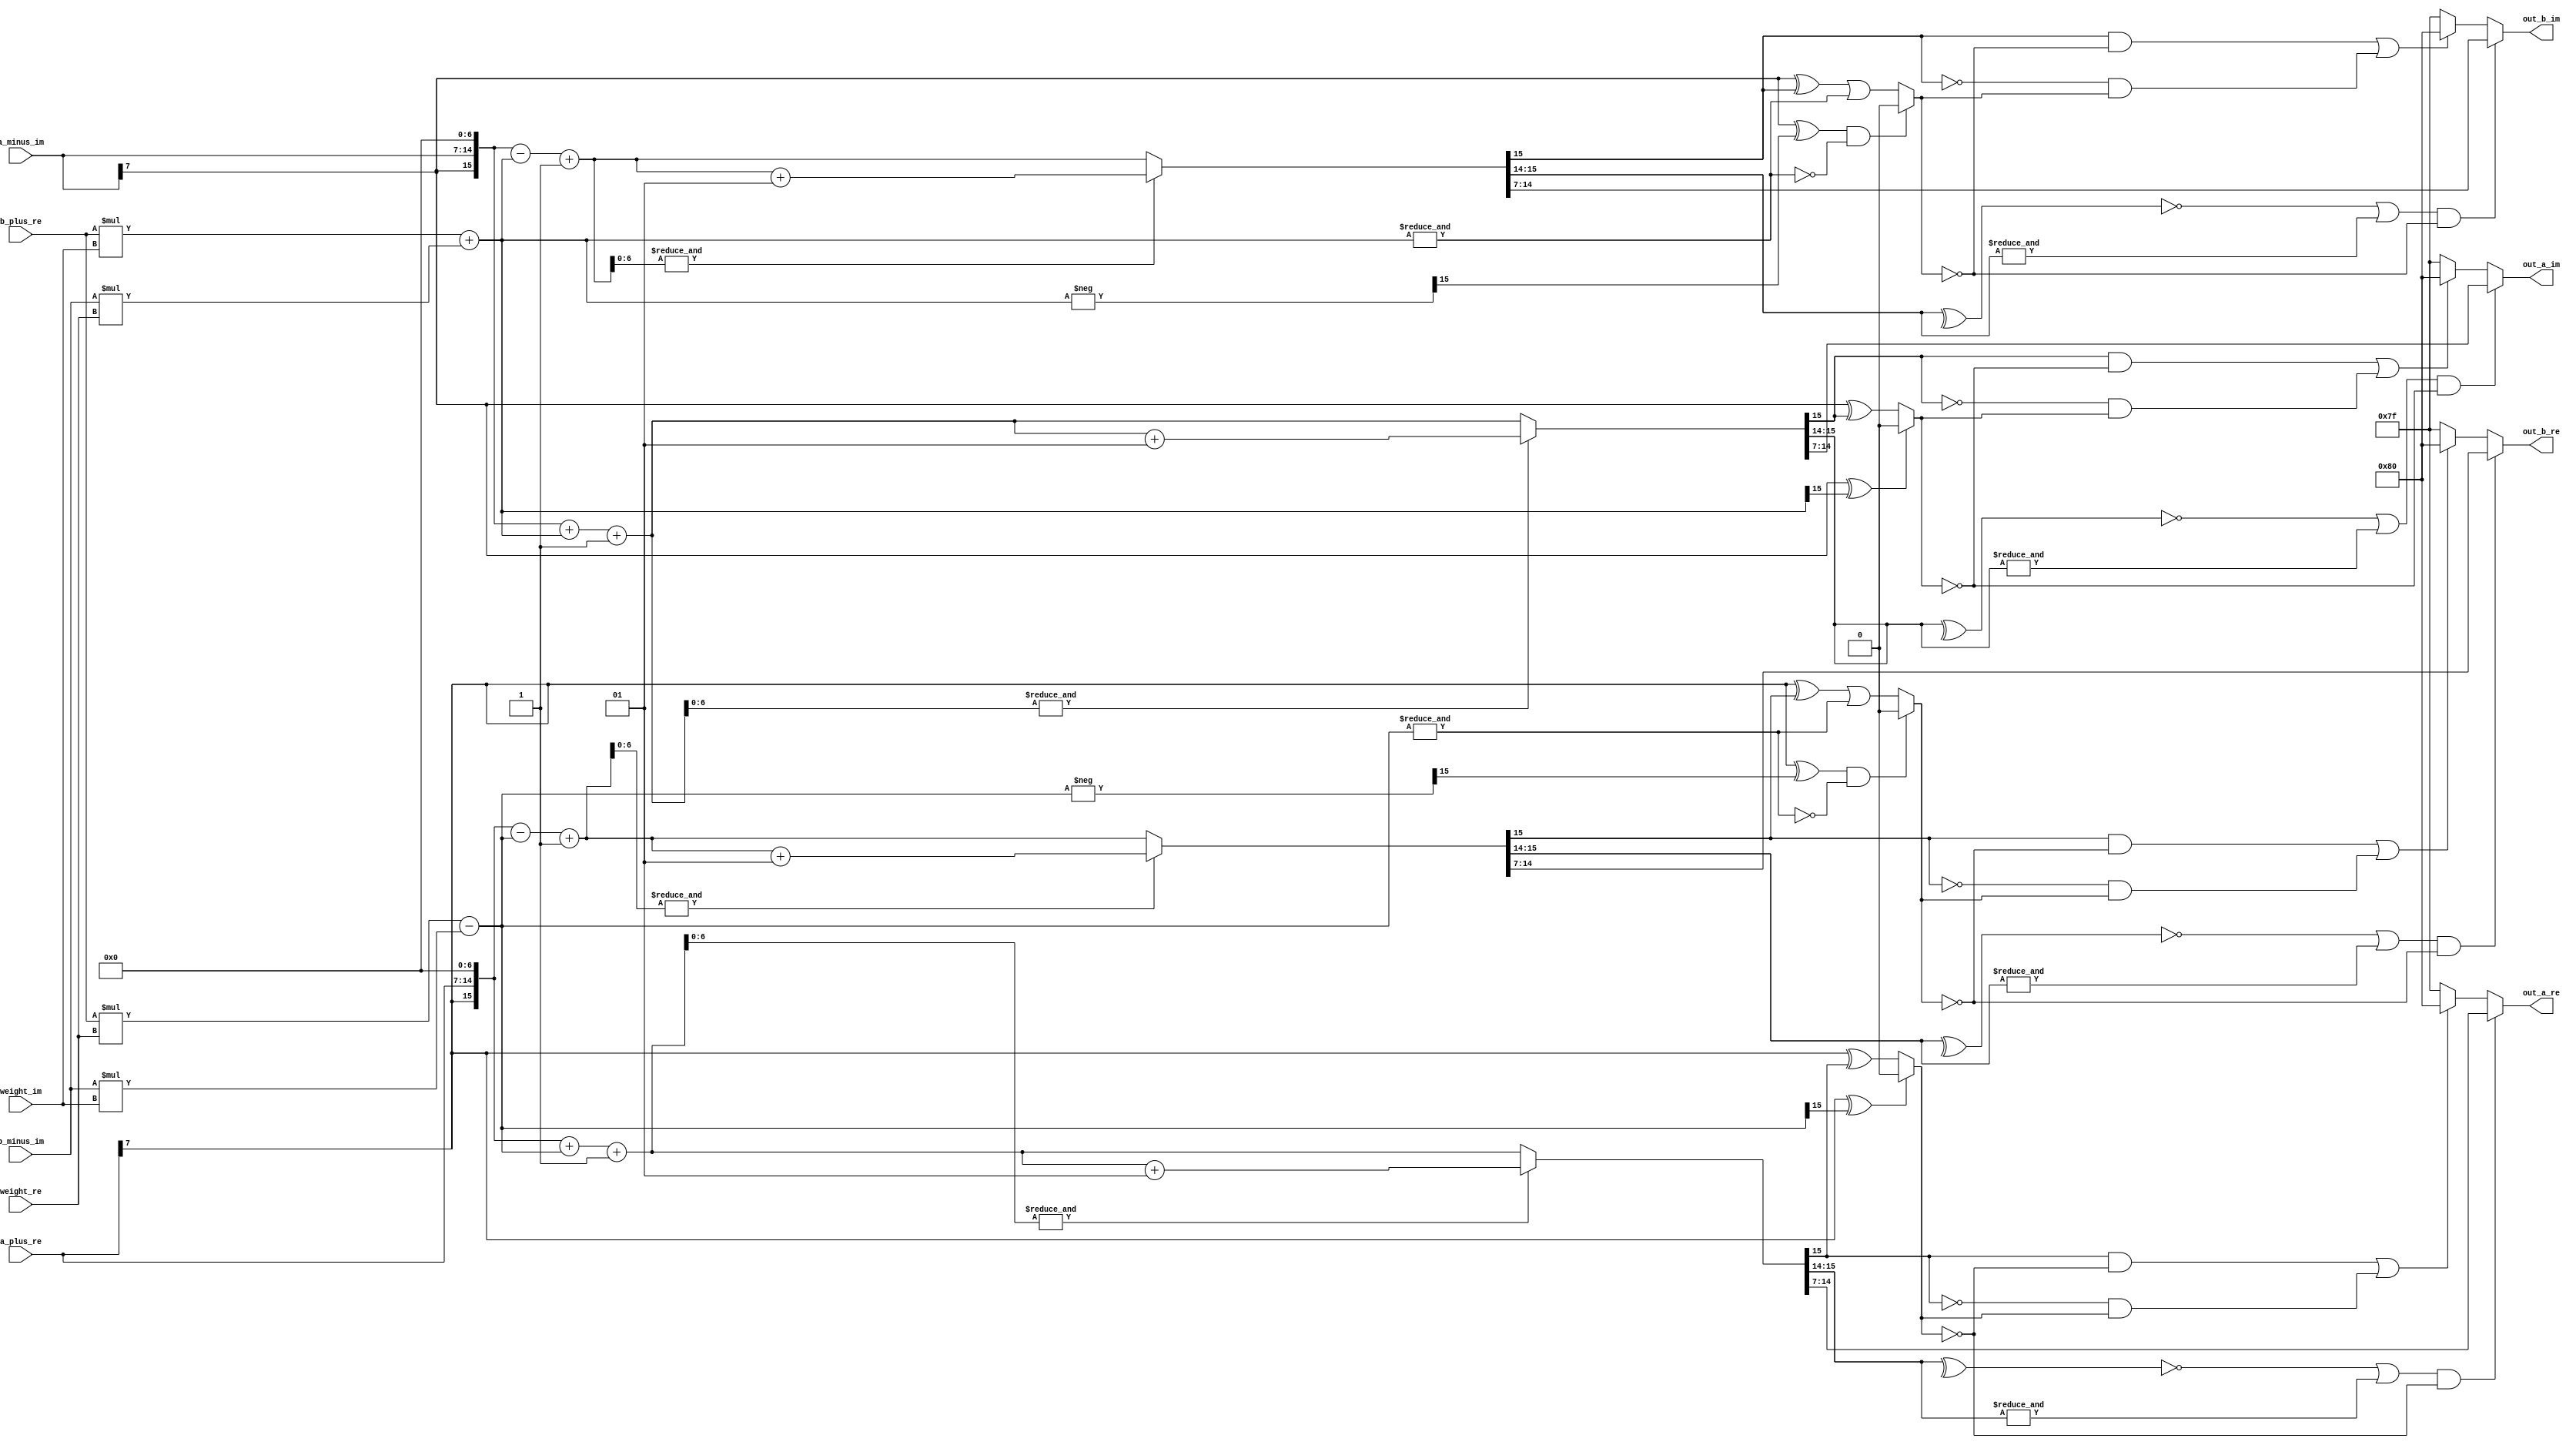
module butterfly #(parameter BIT_WIDTH = 8)
					  (input [BIT_WIDTH-1:0] a_plus_re,
                       input [BIT_WIDTH-1:0] b_plus_re,
                       input [BIT_WIDTH-1:0] a_minus_im,
                       input [BIT_WIDTH-1:0] b_minus_im,
                       input [BIT_WIDTH-1:0] weight_re,
                       input [BIT_WIDTH-1:0] weight_im,
                       
                       output [BIT_WIDTH-1:0] out_a_re,
                       output [BIT_WIDTH-1:0] out_a_im,
                       output [BIT_WIDTH-1:0] out_b_re,
                       output [BIT_WIDTH-1:0] out_b_im
                      );

    wire signed [4*BIT_WIDTH+1:0] weight_mul;
    wire signed [2*BIT_WIDTH-1:0] weight_mul_re, weight_mul_im;
    

// Function for signed multiplications
function reg [4*BIT_WIDTH+1:0] cprod (input reg signed [BIT_WIDTH-1:0] a_re,
                                     input reg signed [BIT_WIDTH-1:0] b_re,
                                     input reg signed [BIT_WIDTH-1:0] a_im,
                                     input reg signed [BIT_WIDTH-1:0] b_im);
    begin :cprod_block
        reg signed [2*BIT_WIDTH-1:0] mul_re_re, mul_im_im;                   
        reg signed [2*BIT_WIDTH-1:0] mul_re_im, mul_im_re;                                                                           
        reg signed [2*BIT_WIDTH:0] re, im;
    
        mul_re_re = a_re*b_re;
        mul_im_im = a_im*b_im;
        mul_re_im = a_re*b_im;
        mul_im_re = a_im*b_re;
        
        re = mul_re_re - mul_im_im;  //re = a_re*b_re - a_im*b_im;
        im = mul_re_im + mul_im_re;  //im = a_re*b_im + a_im*b_re;

        cprod = {re, im};
    end
endfunction
    
    wire signed [2*BIT_WIDTH-1:0] aug_evn_re, aug_evn_im;
    wire signed [2*BIT_WIDTH-1:0] aug_odd_re, aug_odd_im;
    wire signed [2*BIT_WIDTH-1:0] aug_wei_re, aug_wei_im;
    
    // Data normalization
    assign aug_evn_re = {a_plus_re[BIT_WIDTH-1],  a_plus_re[BIT_WIDTH-1:0],  {BIT_WIDTH-1{1'b0}}};
    assign aug_evn_im = {a_minus_im[BIT_WIDTH-1], a_minus_im[BIT_WIDTH-1:0], {BIT_WIDTH-1{1'b0}}};
    assign aug_odd_re = {b_plus_re[BIT_WIDTH-1],  b_plus_re[BIT_WIDTH-1:0],  {BIT_WIDTH-1{1'b0}}};
    assign aug_odd_im = {b_minus_im[BIT_WIDTH-1], b_minus_im[BIT_WIDTH-1:0], {BIT_WIDTH-1{1'b0}}};
    assign aug_wei_re = {weight_re[BIT_WIDTH-1],  weight_re[BIT_WIDTH-1:0],  {BIT_WIDTH-1{1'b0}}};
    assign aug_wei_im = {weight_im[BIT_WIDTH-1],  weight_im[BIT_WIDTH-1:0],  {BIT_WIDTH-1{1'b0}}};
    
    assign weight_mul = cprod(b_plus_re, weight_re, b_minus_im, weight_im);
    assign weight_mul_re = weight_mul[4*BIT_WIDTH:2*BIT_WIDTH+1];
    assign weight_mul_im = weight_mul[2*BIT_WIDTH-1:0];
    
    // Rounds up whenever necessary
    wire signed [2*BIT_WIDTH-1:0] rnd_out_a_re, rnd_out_a_im;
    wire signed [2*BIT_WIDTH-1:0] rnd_out_b_re, rnd_out_b_im;
    
    assign rnd_out_a_re = aug_evn_re + weight_mul_re + 1'b1;
    assign rnd_out_a_im = aug_evn_im + weight_mul_im + 1'b1;  // Does not overflow (problem)
    assign rnd_out_b_re = aug_evn_re - weight_mul_re + 1'b1;
    assign rnd_out_b_im = aug_evn_im - weight_mul_im + 1'b1;
    
    // Perfoms additions/subtractions
    wire signed [2*BIT_WIDTH-1:0] tmp_out_a_re, tmp_out_a_im;
    wire signed [2*BIT_WIDTH-1:0] tmp_out_b_re, tmp_out_b_im;
    
    assign tmp_out_a_re = (&rnd_out_a_re[BIT_WIDTH-2:0]) ? (rnd_out_a_re+1) : rnd_out_a_re;
    assign tmp_out_a_im = (&rnd_out_a_im[BIT_WIDTH-2:0]) ? (rnd_out_a_im+1) : rnd_out_a_im;
    assign tmp_out_b_re = (&rnd_out_b_re[BIT_WIDTH-2:0]) ? (rnd_out_b_re+1) : rnd_out_b_re;
    assign tmp_out_b_im = (&rnd_out_b_im[BIT_WIDTH-2:0]) ? (rnd_out_b_im+1) : rnd_out_b_im;
    
    wire signed [2*BIT_WIDTH+1:0] inv_weight_re, inv_weight_im;
    assign inv_weight_re = - weight_mul_re;
    assign inv_weight_im = - weight_mul_im;
    
    // Detect Overflows
    wire signed overf_a_re;
    wire signed overf_a_im;
    wire signed overf_b_re;
    wire signed overf_b_im;
    
    assign overf_a_re = (a_plus_re[BIT_WIDTH-1]^weight_mul_re[2*BIT_WIDTH-1]) ? 1'b0 : (a_plus_re[BIT_WIDTH-1]^tmp_out_a_re[2*BIT_WIDTH-1]);
    assign overf_a_im = (a_minus_im[BIT_WIDTH-1]^weight_mul_im[2*BIT_WIDTH-1]) ? 1'b0 : (a_minus_im[BIT_WIDTH-1]^tmp_out_a_im[2*BIT_WIDTH-1]);
    assign overf_b_re = (a_plus_re[BIT_WIDTH-1]^inv_weight_re[2*BIT_WIDTH-1] && !(&weight_mul_re)) ? 1'b0 : (a_plus_re[BIT_WIDTH-1]^tmp_out_b_re[2*BIT_WIDTH-1] || &weight_mul_re);
    assign overf_b_im = (a_minus_im[BIT_WIDTH-1]^inv_weight_im[2*BIT_WIDTH-1] && !(&weight_mul_im)) ? 1'b0 : (a_minus_im[BIT_WIDTH-1]^tmp_out_b_im[2*BIT_WIDTH-1] || &weight_mul_im);
    
    // Fixed-Point version output
    assign out_a_re = ((!(^tmp_out_a_re[2*BIT_WIDTH-1:2*BIT_WIDTH-2]) || &tmp_out_a_re[2*BIT_WIDTH-1:2*BIT_WIDTH-2]) && !overf_a_re) ? 
    tmp_out_a_re[2*BIT_WIDTH-2:BIT_WIDTH-1] : ((tmp_out_a_re[2*BIT_WIDTH-1] && !overf_a_re) || (!tmp_out_a_re[2*BIT_WIDTH-1] && overf_a_re)) ? 
    {1'b1, {BIT_WIDTH-1{1'b0}}} : {1'b0, {BIT_WIDTH-1{1'b1}}};
    
    assign out_a_im = ((!(^tmp_out_a_im[2*BIT_WIDTH-1:2*BIT_WIDTH-2]) || &tmp_out_a_im[2*BIT_WIDTH-1:2*BIT_WIDTH-2]) && !overf_a_im) ? 
    tmp_out_a_im[2*BIT_WIDTH-2:BIT_WIDTH-1] : ((tmp_out_a_im[2*BIT_WIDTH-1] && !overf_a_im) || (!tmp_out_a_im[2*BIT_WIDTH-1] && overf_a_im)) ? 
    {1'b1, {BIT_WIDTH-1{1'b0}}} : {1'b0, {BIT_WIDTH-1{1'b1}}};
    
    assign out_b_re = ((!(^tmp_out_b_re[2*BIT_WIDTH-1:2*BIT_WIDTH-2]) || &tmp_out_b_re[2*BIT_WIDTH-1:2*BIT_WIDTH-2]) && !overf_b_re) ? 
    tmp_out_b_re[2*BIT_WIDTH-2:BIT_WIDTH-1] : ((tmp_out_b_re[2*BIT_WIDTH-1] && !overf_b_re) || (!tmp_out_b_re[2*BIT_WIDTH-1] && overf_b_re)) ? 
    {1'b1, {BIT_WIDTH-1{1'b0}}} : {1'b0, {BIT_WIDTH-1{1'b1}}};
    
    assign out_b_im = ((!(^tmp_out_b_im[2*BIT_WIDTH-1:2*BIT_WIDTH-2]) || &tmp_out_b_im[2*BIT_WIDTH-1:2*BIT_WIDTH-2]) && !overf_b_im) ? 
    tmp_out_b_im[2*BIT_WIDTH-2:BIT_WIDTH-1] : ((tmp_out_b_im[2*BIT_WIDTH-1] && !overf_b_im) || (!tmp_out_b_im[2*BIT_WIDTH-1] && overf_b_im)) ? 
    {1'b1, {BIT_WIDTH-1{1'b0}}} : {1'b0, {BIT_WIDTH-1{1'b1}}};
    
    // assign out_b_im = (!(^tmp_out_b_im[2*BIT_WIDTH-1:2*BIT_WIDTH-2]) || &tmp_out_b_im[2*BIT_WIDTH-1:2*BIT_WIDTH-2]) ?
    // tmp_out_b_im[2*BIT_WIDTH-2:BIT_WIDTH-1] : (tmp_out_b_im[2*BIT_WIDTH-1]) ?
    // {1'b1, {BIT_WIDTH-1{1'b0}}} : {1'b0, {BIT_WIDTH-1{1'b1}}};
    
endmodule